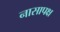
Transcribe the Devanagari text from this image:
नासापक्ष